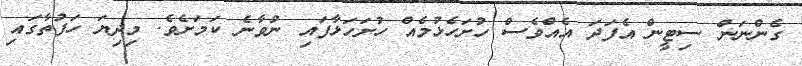
ގެންނަން ސިޓީން އެފަދަ އެއްވެސް ހުށަހެޅުމެއް ހުށަހަޅާފައި ނުވާނެ ކަމަށެވެ. މިދިޔަ ހަފުތާގައި